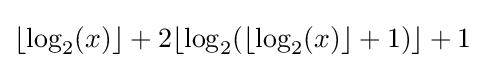
\lfloor \log _{2}(x)\rfloor +2\lfloor \log _{2}(\lfloor \log _{2}(x)\rfloor +1)\rfloor +1